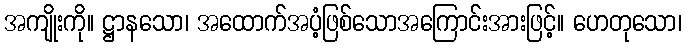
အကျိုးကို။ ဋ္ဌာနသော၊ အထောက်အပံ့ဖြစ်သောအကြောင်းအားဖြင့်။ ဟေတုသော၊